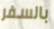
بالسفر